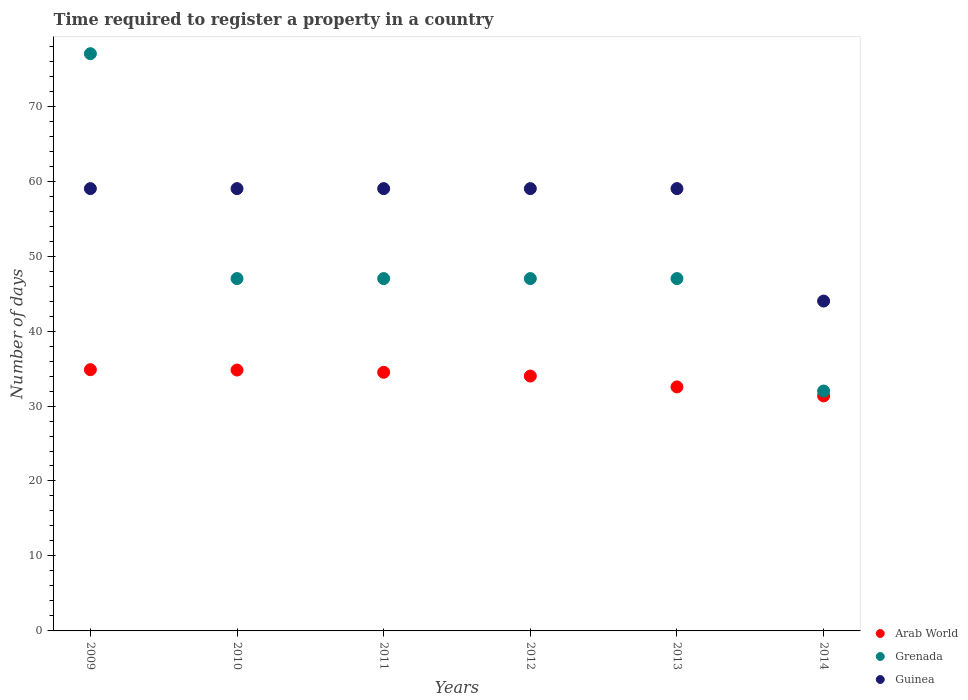
| Years | Arab World | Grenada | Guinea |
 | --- | --- | --- | --- |
 | 2009 | 34.9 | 77 | 59 |
 | 2010 | 34.8 | 47 | 59 |
 | 2011 | 34.5 | 47 | 59 |
 | 2012 | 34 | 47 | 59 |
 | 2013 | 32.5 | 47 | 59 |
 | 2014 | 31.4 | 32 | 44 |